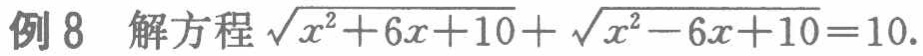
例 8 解方程\(\sqrt{x^{2}+6x + 10}+\sqrt{x^{2}-6x + 10}=10\).